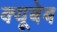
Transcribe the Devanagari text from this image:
क्यूबेब